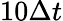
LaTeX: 10\Delta t